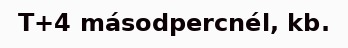
T+4 másodpercnél, kb.